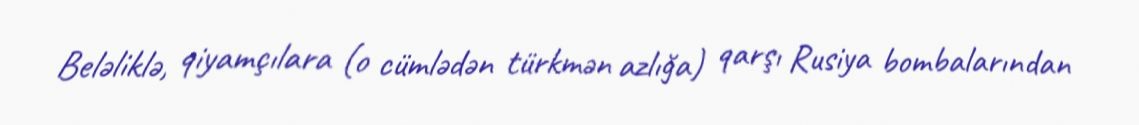
Beləliklə, qiyamçılara (o cümlədən türkmən azlığa) qarşı Rusiya bombalarından